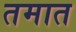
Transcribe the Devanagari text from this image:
तमात